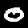
Label: 0